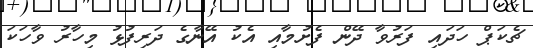
ޗެކަޕް ހަދައި ފަރުވާ ދޭން ފެށުމާއި އެކު އޭނާގެ ދަރިފުޅު މިހާރު ވާހަކަ